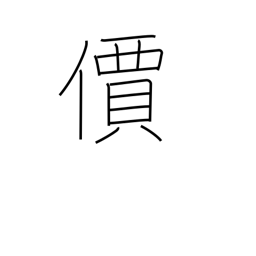
Meaning: value